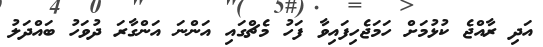
އަދި ރާއްޖެ ކުޅުމަށް ހަމަޖެހިފައިވާ ފަހު މެޗްގައި އަންނަ އަންގާރަ ދުވަހު ބައްދަލު